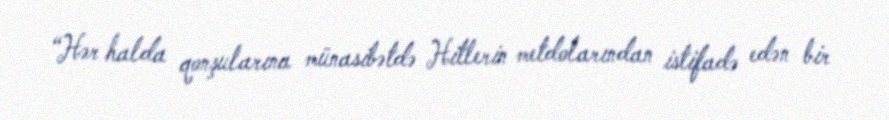
“Hər halda qonşularına münasibətdə Hitlerin metdolarından istifadə edən bir